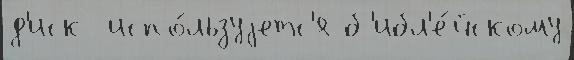
д'иск  испо́льзуjетс'я б'ибл'е́йскому